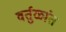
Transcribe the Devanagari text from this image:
वर्तुळांत